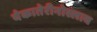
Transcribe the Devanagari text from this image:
येकातेरीनोस्लाव